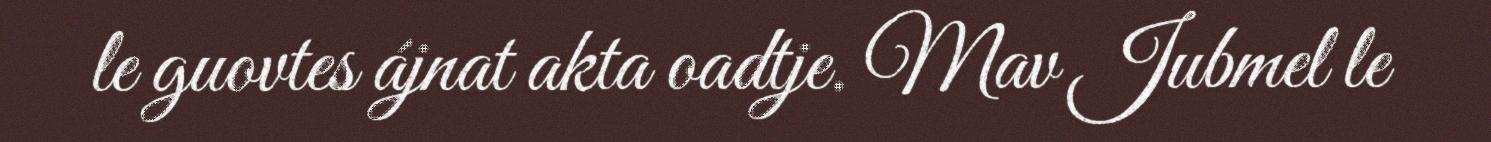
le guovtes ájnat akta oadtje. Mav Jubmel le